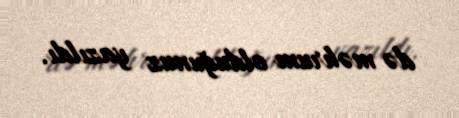
də məhrum olduğunuz yazıldı.